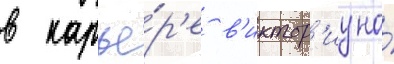
в карье́р'е в'иктор'иу на́